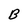
Character: B